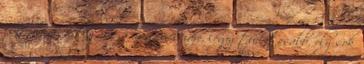
csitulj el, hallgass a megérzéseidre, légy tudatosabb, oly sok